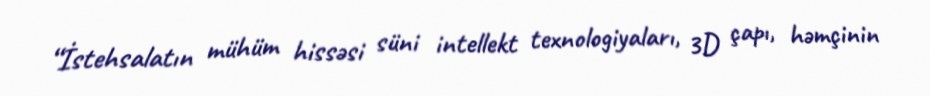
“İstehsalatın mühüm hissəsi süni intellekt texnologiyaları, 3D çapı, həmçinin